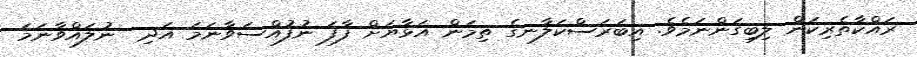
ރައްކާތެރިކަން ލިބިގަންނަމެވެ. އިބަރަސްކަލާނގެ ތިމަން އަޅާޔަށް ފާފަ ނުފުއްސަވާނަމަ އަދި  ނުލައްވާނަމަ